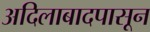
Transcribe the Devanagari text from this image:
अदिलाबादपासून